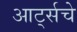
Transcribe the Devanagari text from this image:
आर्ट्सचे